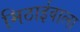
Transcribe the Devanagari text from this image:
मिठार्इवाला